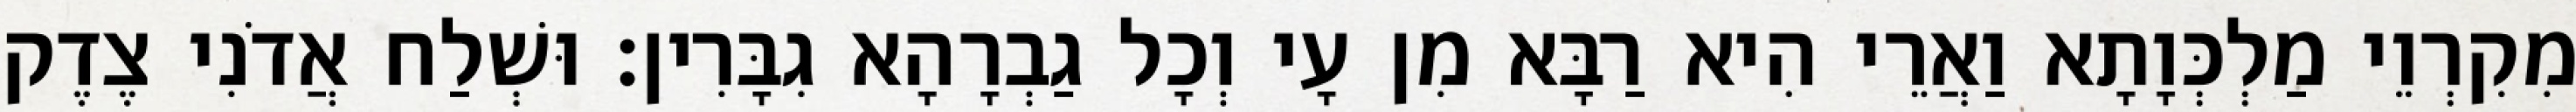
מִקִרְוֵי מַלְכְּוָתָא וַאֲרֵי הִיא רַבָּא מִן עָי וְכָל גַבְרָהָא גִבָּרִין׃ וּשְׁלַח אֲדֹנִי צֶדֶק